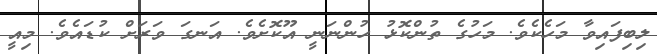
ލިބިފައިވާ މަހެކެވެ. މަހުގެ ތުންކޮޅު ހުންނަނީ އޫކޮށެވެ. އަނގަ ވަރަށް ކުޑައެވެ. މިއީ